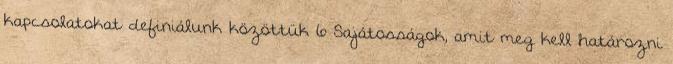
kapcsolatokat definiálunk közöttük 6 Sajátosságok, amit meg kell határozni